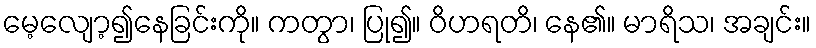
မေ့လျော့၍နေခြင်းကို။ ကတွာ၊ ပြု၍။ ဝိဟရတိ၊ နေ၏။ မာရိသ၊ အချင်း။